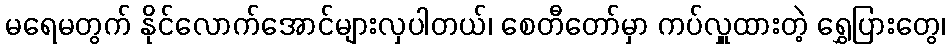
မရေမတွက် နိုင်လောက်အောင်များလှပါတယ်၊ စေတီတော်မှာ ကပ်လှူထားတဲ့ ရွှေပြားတွေ၊